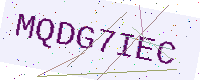
Text: MQDG7IEC